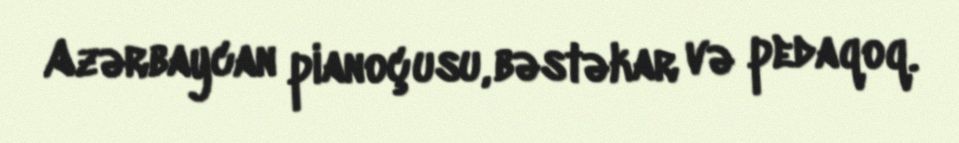
Azərbaycan pianoçusu, bəstəkar və pedaqoq.